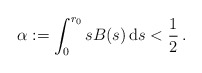
\begin{align*}\alpha:=\int_0^{r_0} sB(s)\,\mathrm{d}s<\frac{1}{2}\,.\end{align*}